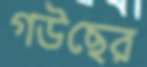
গউছের